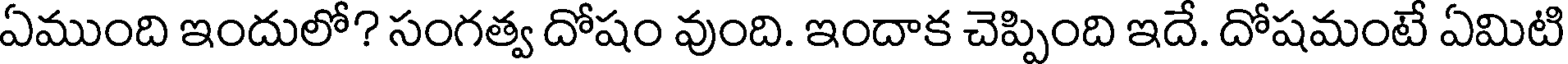
ఏముంది ఇందులో? సంగత్వ దోషం వుంది. ఇందాక చెప్పింది ఇదే. దోషమంటే ఏమిటి